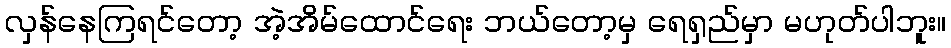
လှန်နေကြရင်တော့ အဲ့အိမ်ထောင်ရေး ဘယ်တော့မှ ရေရှည်မှာ မဟုတ်ပါဘူး။